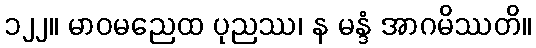
၁၂၂။ မာဝမညေထ ပုညဿ၊ န မန္ဒံ အာဂမိဿတိ။